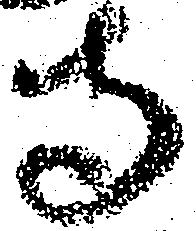
寺